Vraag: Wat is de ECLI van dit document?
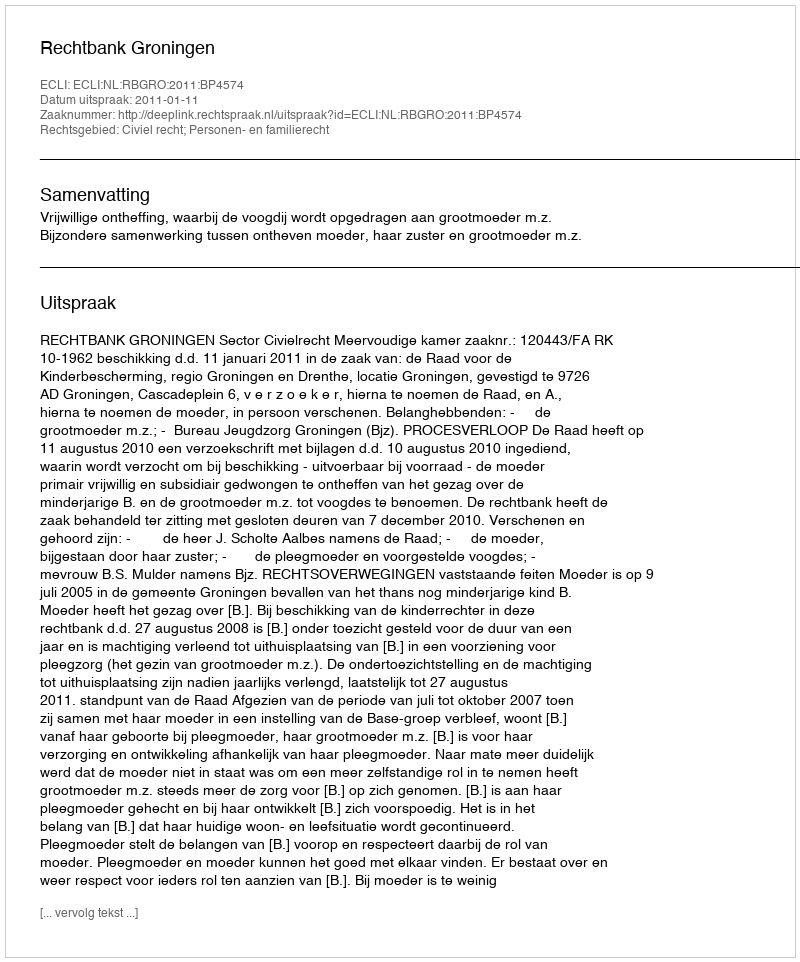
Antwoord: ECLI:NL:RBGRO:2011:BP4574